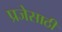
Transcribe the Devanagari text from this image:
प्रजेसाठी